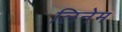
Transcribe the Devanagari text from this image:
लिनेम